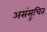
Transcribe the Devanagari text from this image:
असंसूचित